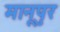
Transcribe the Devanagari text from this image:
मानूपुर